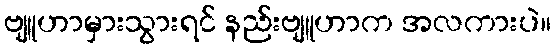
ဗျူဟာမှားသွားရင် နည်းဗျူဟာက အလကားပဲ။